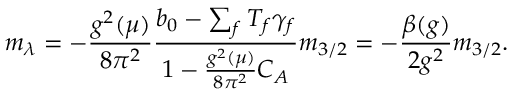
m _ { \lambda } = - \frac { g ^ { 2 } ( \mu ) } { 8 \pi ^ { 2 } } \frac { b _ { 0 } - \sum _ { f } T _ { f } \gamma _ { f } } { 1 - \frac { g ^ { 2 } ( \mu ) } { 8 \pi ^ { 2 } } C _ { A } } m _ { 3 / 2 } = - \frac { \beta ( g ) } { 2 g ^ { 2 } } m _ { 3 / 2 } .